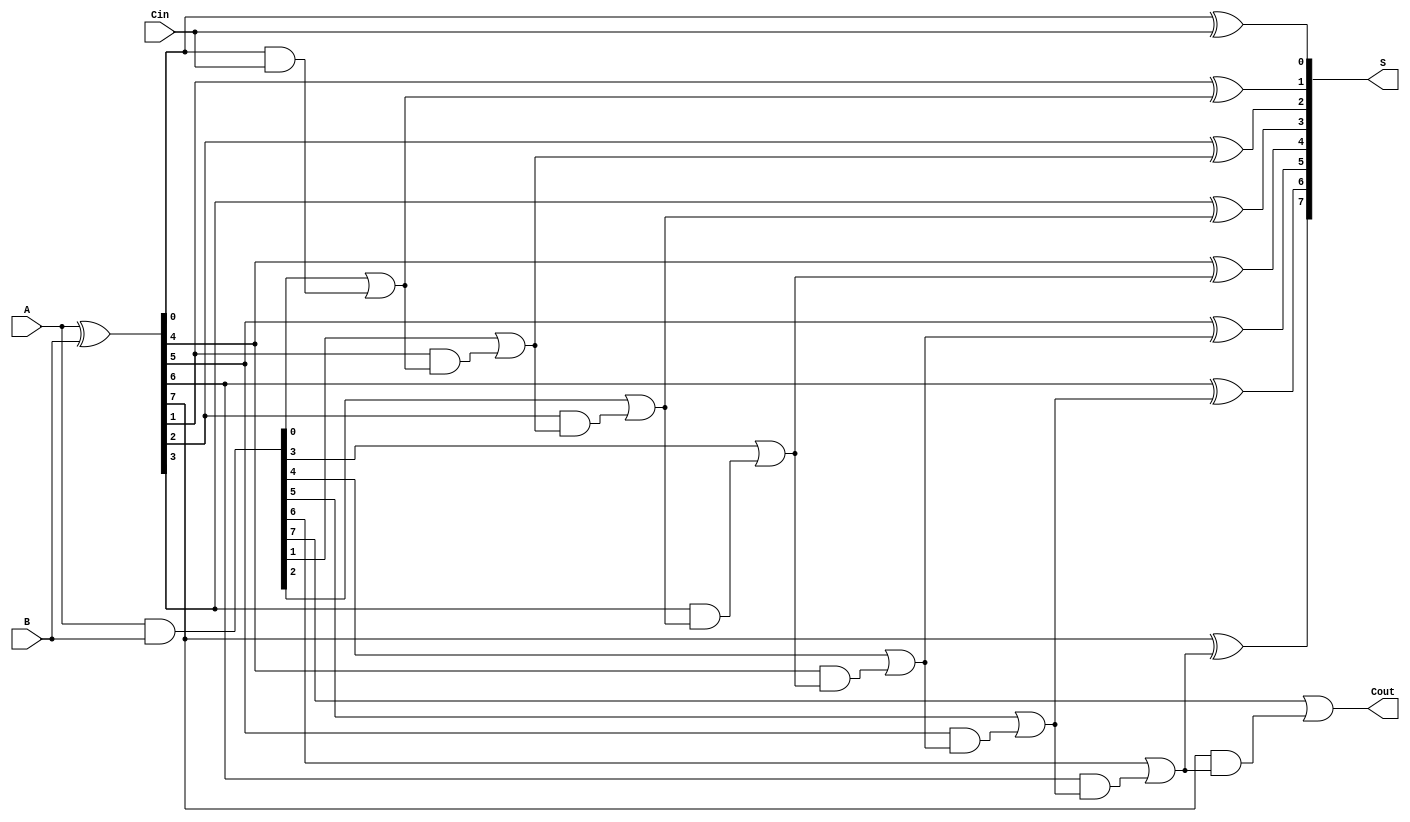
module KoggeStoneAdder #(parameter N = 8) (
    input  [N-1:0] A,
    input  [N-1:0] B,
    input          Cin,
    output [N-1:0] S,
    output         Cout
);

    // Generate and Propagate Signals
    wire [N-1:0] G; // Generate
    wire [N-1:0] P; // Propagate
    wire [N:0] C;   // Carry (C[0] = Cin)

    assign G = A & B;
    assign P = A ^ B;

    // Carry Calculation using Kogge-Stone Logic
    assign C[0] = Cin;

    genvar i, j;
    generate
        // Stage 1
        for (i = 0; i < N; i = i + 1) begin : stage1
            if (i == 0) begin
                assign C[i + 1] = G[i] | (P[i] & C[0]);
            end else begin
                assign C[i + 1] = G[i] | (P[i] & C[i]);
            end
        end
        
        // Additional stages can be added if needed for larger designs
        // Here we include only one stage for simplicity.

    endgenerate

    // Sum Calculation
    generate
        for (i = 0; i < N; i = i + 1) begin : sum_calc
            assign S[i] = P[i] ^ C[i];
        end
    endgenerate

    // Final carry out
    assign Cout = C[N];

endmodule